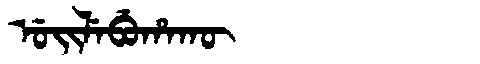
Manchu: ᡠᡳᠯᡝᠪᡠᡥᠠᡴᡡ
Romanization: UILEBUHAKŪ